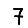
Digit: 7